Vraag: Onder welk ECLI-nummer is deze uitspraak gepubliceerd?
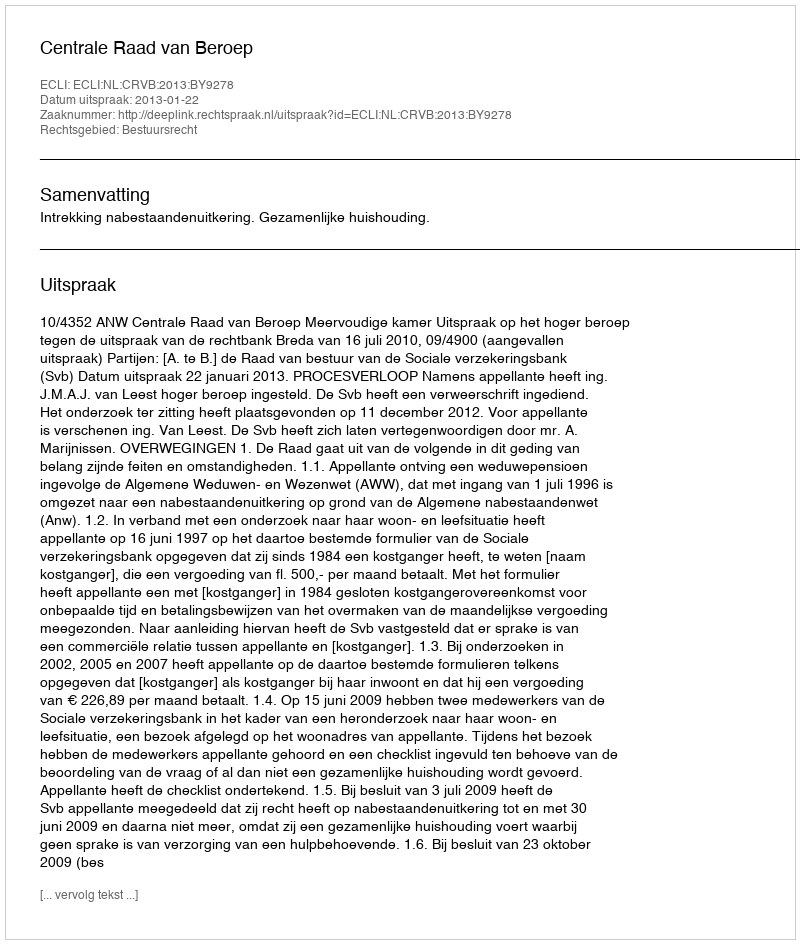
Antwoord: ECLI:NL:CRVB:2013:BY9278